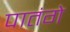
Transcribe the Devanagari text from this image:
पातंगे